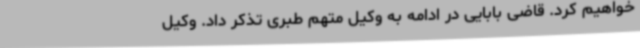
خواهیم کرد. قاضی بابایی در ادامه به وکیل متهم طبری تذکر داد. وکیل